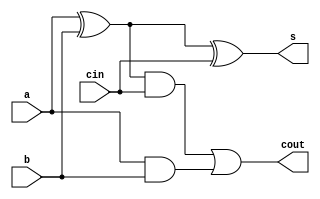
`timescale 1ns/1ps

module fa (
    input a,
    input b,
    input cin,
    output s,
    output cout
);
    wire w1, w2, w3;

    xor (w1, a, b);
    xor (s, w1, cin);
    and (w2, w1, cin);
    and (w3, a, b);
    or (cout, w2, w3);
endmodule